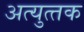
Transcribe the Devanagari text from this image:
अत्‍युत्‍तक